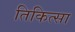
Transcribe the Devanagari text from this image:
तिकित्सा